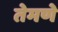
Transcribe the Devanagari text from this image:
तेमणे